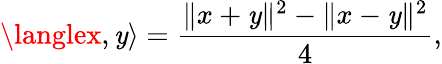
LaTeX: \langlex,\mathit{y}\rangle={\frac{{\| x+\mathit{y}\| ^{2}-\| x-\mathit{y}\| ^{2}}}{{4}}},